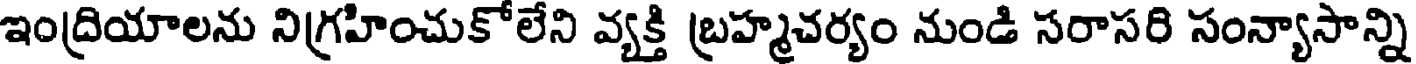
ఇంద్రియాలను నిగ్రహించుకోలేని వ్యక్తి బ్రహ్మచర్యం నుండి సరాసరి సంన్యాసాన్ని